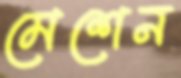
মেশেন